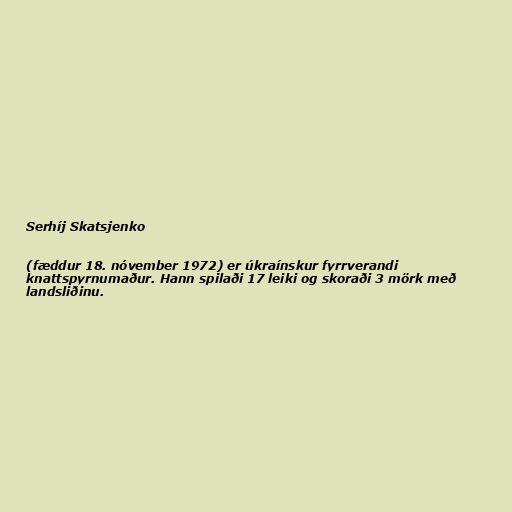
Serhíj Skatsjenko

(fæddur 18. nóvember 1972) er úkraínskur fyrrverandi
knattspyrnumaður. Hann spilaði 17 leiki og skoraði 3 mörk með
landsliðinu.